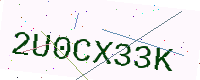
Text: 2U0CX33K